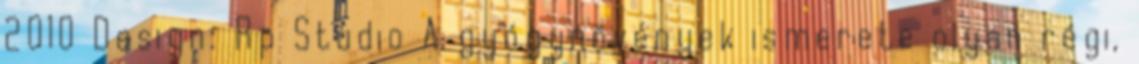
2010 Design: Rp Studio A gyógynövények ismerete olyan régi,